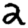
Digit: 2